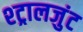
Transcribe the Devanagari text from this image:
श्ट्रालजुंट